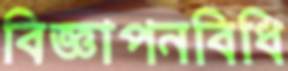
বিজ্ঞাপনবিধি